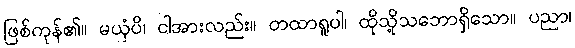
ဖြစ်ကုန်၏။ မယှံပိ၊ ငါအားလည်း။ တထာရူပါ၊ ထိုသို့သဘောရှိသော။ ပညာ၊